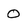
Character: 0